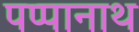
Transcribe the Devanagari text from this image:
पप्पानाथ